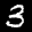
Label: 3